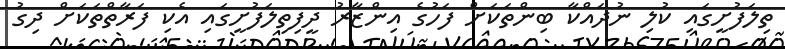
ތިލަފުށީގައި ކުލި ނުދައްކާ ބިންތަކަށް ފަހުގެ އިންޒާރު ދީފިތިލަފުށީގައި އެކި ފަރާތްތަކަށް ދިގު